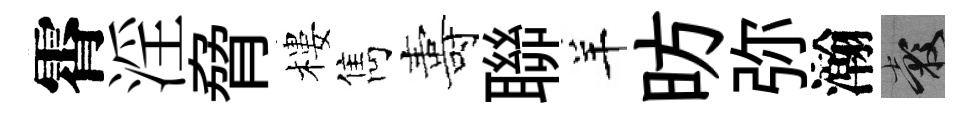
霄淫脅樓雋夀聯羊昉弥瀚穀